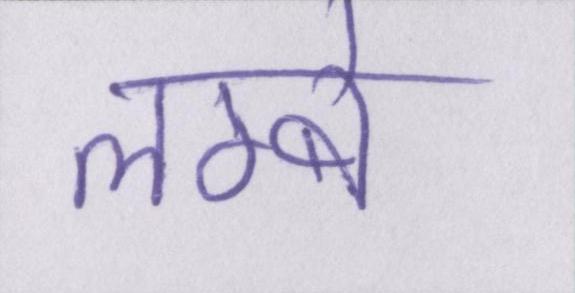
लम्बे